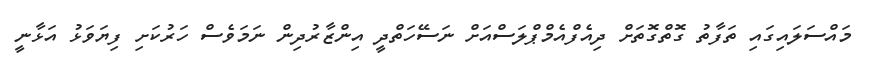
މައްސަލައިގައި ތަފާތު ގޮތްގޮތަށް ދިއެފްއެމްޕްލަސްއަށް ނަސޭހަތްދީ އިންޒާރުދިން ނަމަވެސް ހަރުކަށި ފިޔަވަޅު އަޅާނީ